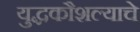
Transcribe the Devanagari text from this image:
युद्धकौशल्याचे